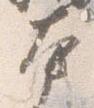
本